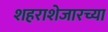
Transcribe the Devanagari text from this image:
शहराशेजारच्या